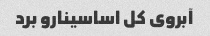
آبروی کل اساسینارو برد